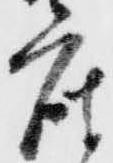
座